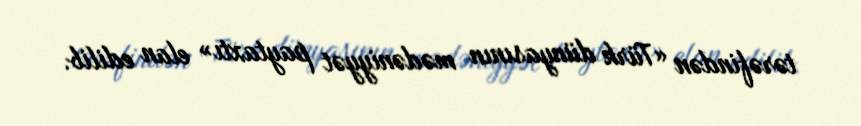
tərəfindən «Türk dünyasının mədəniyyət paytaxtı» elan edilib.